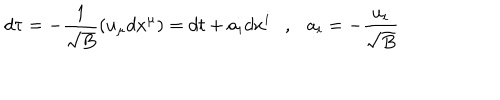
d \tau = - { \frac { 1 } { \sqrt { B } } } ( u _ { \mu } d x ^ { \mu } ) = d t + a _ { i } d x ^ { i } , a _ { i } = - { \frac { u _ { i } } { \sqrt { B } } }